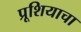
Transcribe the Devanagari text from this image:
प्रूशियाचा